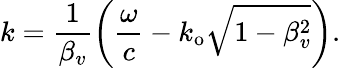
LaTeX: k=\frac{1}{\beta_{v}}\left(\frac{\omega}{c}-k_{\mathrm{o}}\sqrt{1-\beta_{v}^{2}}\right).